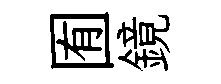
囿鏡